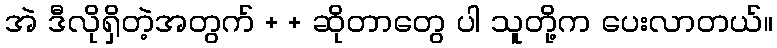
အဲ ဒီလိုရှိတဲ့အတွက် + + ဆိုတာတွေ ပါ သူတို့က ပေးလာတယ်။